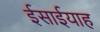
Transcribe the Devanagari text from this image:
ईसाईयाह